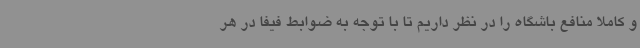
و کاملا منافع باشگاه را در نظر داریم تا با توجه به ضوابط فیفا در هر